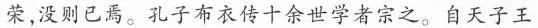
荣，没则已焉。孔子布衣传十余世学者宗之。自天子王